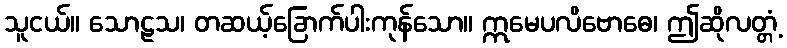
သူငယ်။ သောဠသ၊ တဆယ့်ခြောက်ပါးကုန်သော။ ဣမေပလိဗောဓေ၊ ဤဆိုလတ္တံ့